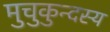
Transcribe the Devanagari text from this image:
मुचुकुन्दस्य